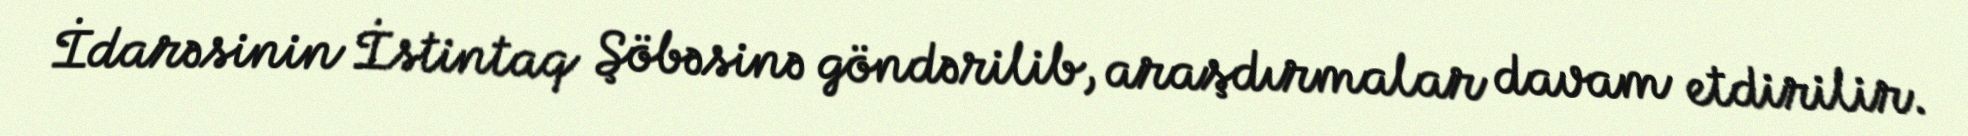
İdarəsinin İstintaq Şöbəsinə göndərilib, araşdırmalar davam etdirilir.